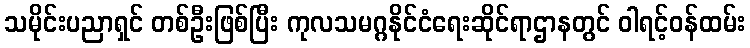
သမိုင်းပညာရှင် တစ်ဦးဖြစ်ပြီး ကုလသမဂ္ဂနိုင်ငံရေးဆိုင်ရာဌာနတွင် ဝါရင့်ဝန်ထမ်း